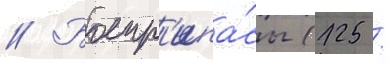
// Боепр'ипа́сы (125 /